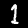
Label: 1